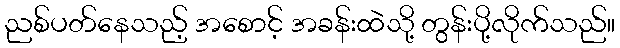
ညစ်ပတ်နေသည့် အစောင့် အခန်းထဲသို့ တွန်းပို့လိုက်သည်။